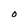
Character: 0